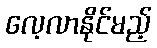
လေ့လာနိုင်မည့်